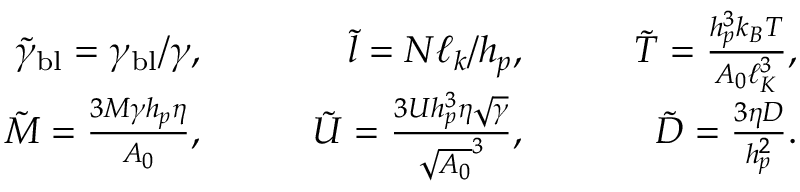
\begin{array} { r l r l r l r } & { } & { \tilde { \gamma } _ { \mathrm { b l } } = \gamma _ { \mathrm { b l } } / \gamma , \quad } & { } & { \tilde { l } = N \ell _ { k } / h _ { p } , \quad } & { } & { \tilde { T } = \frac { h _ { p } ^ { 3 } k _ { B } T } { A _ { 0 } \ell _ { K } ^ { 3 } } , } \\ & { } & { \tilde { M } = \frac { 3 M \gamma h _ { p } \eta } { A _ { 0 } } , \quad } & { } & { \tilde { U } = \frac { 3 U h _ { p } ^ { 3 } \eta \sqrt { \gamma } } { \sqrt { A _ { 0 } } ^ { 3 } } , \quad } & { } & { \tilde { D } = \frac { 3 \eta D } { h _ { p } ^ { 2 } } . } \end{array}